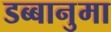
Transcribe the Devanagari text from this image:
डब्बानुमा